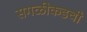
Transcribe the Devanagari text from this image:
सगळीकडची